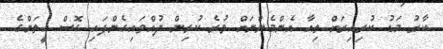
ކާރު މަޑު ކުރިއިރަށް ތިއާ އެންމެންނަށް ވުރެ ކުރިން ދުއްވައިގެންފައި ގޮސް އީތަންގެ